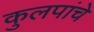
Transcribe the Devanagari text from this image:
कुलपांचे